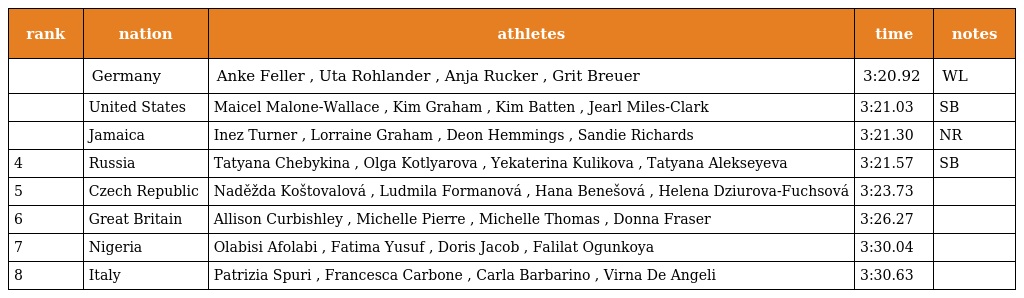
| rank | nation | athletes | time | notes |
 | --- | --- | --- | --- | --- |
 |  | Germany | Anke Feller , Uta Rohlander , Anja Rucker , Grit Breuer | 3:20.92 | WL |
 |  | United States | Maicel Malone-Wallace , Kim Graham , Kim Batten , Jearl Miles-Clark | 3:21.03 | SB |
 |  | Jamaica | Inez Turner , Lorraine Graham , Deon Hemmings , Sandie Richards | 3:21.30 | NR |
 | 4 | Russia | Tatyana Chebykina , Olga Kotlyarova , Yekaterina Kulikova , Tatyana Alekseyeva | 3:21.57 | SB |
 | 5 | Czech Republic | Naděžda Koštovalová , Ludmila Formanová , Hana Benešová , Helena Dziurova-Fuchsová | 3:23.73 |  |
 | 6 | Great Britain | Allison Curbishley , Michelle Pierre , Michelle Thomas , Donna Fraser | 3:26.27 |  |
 | 7 | Nigeria | Olabisi Afolabi , Fatima Yusuf , Doris Jacob , Falilat Ogunkoya | 3:30.04 |  |
 | 8 | Italy | Patrizia Spuri , Francesca Carbone , Carla Barbarino , Virna De Angeli | 3:30.63 |  |